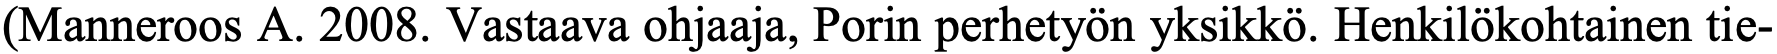
(Manneroos A. 2008. Vastaava ohjaaja, Porin perhetyön yksikkö. Henkilökohtainen tie-